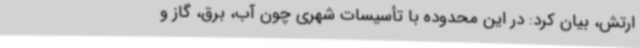
ارتش، بیان کرد: در این محدوده با تأسیسات شهری چون آب، برق، گاز و